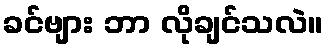
ခင်ဗျား ဘာ လိုချင်သလဲ။